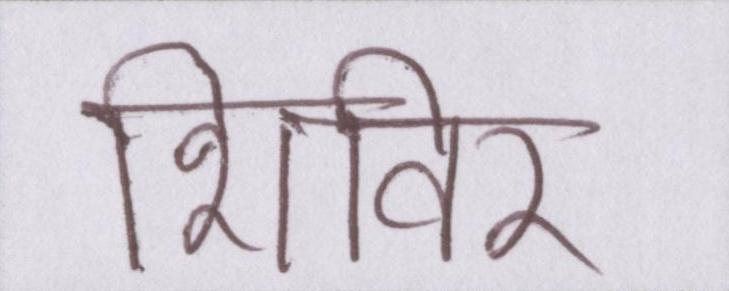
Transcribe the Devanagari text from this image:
शिविर